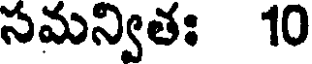
సమన్వితః 10